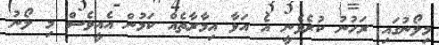
މިލޯނުގައި ރަހުނު ކުރެވެނީ އެ އަޅާ އިމާރާތެއް ކަމުން އެއީވެސް މި ލޯނު